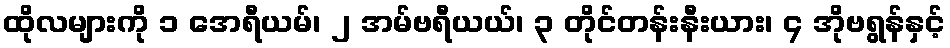
ထိုလများကို ၁ အေရီယမ်၊ ၂ အမ်ဗရီယယ်၊ ၃ တိုင်တန်းနီးယား၊ ၄ အိုဗရွန်နှင့်